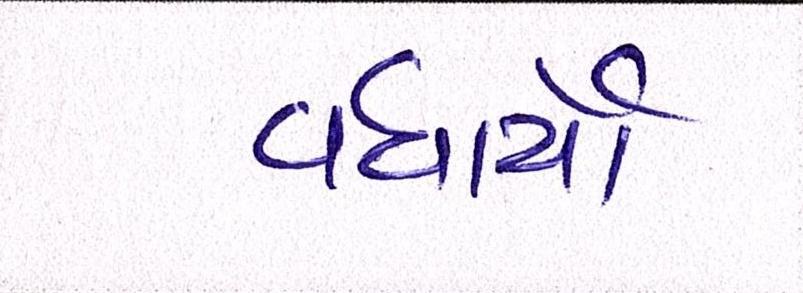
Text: વધાર્યો